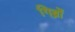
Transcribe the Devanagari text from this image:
गिब्रों